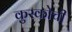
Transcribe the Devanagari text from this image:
कुस्कोची